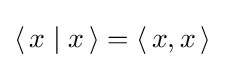
\langle \,x\mid x\,\rangle =\langle \,x,x\,\rangle